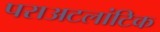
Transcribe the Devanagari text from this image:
पराअटलांटिक